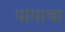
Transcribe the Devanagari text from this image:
पांगाचा